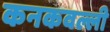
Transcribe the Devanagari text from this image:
कनकवल्ली